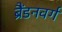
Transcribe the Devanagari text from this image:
ब्रैंडनवर्ग